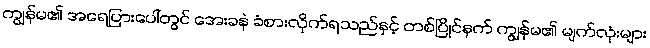
ကျွန်မ၏ အရေပြားပေါ်တွင် အေးခနဲ ခံစားလိုက်ရသည်နှင့် တစ်ပြိုင်နက် ကျွန်မ၏ မျက်လုံးများ